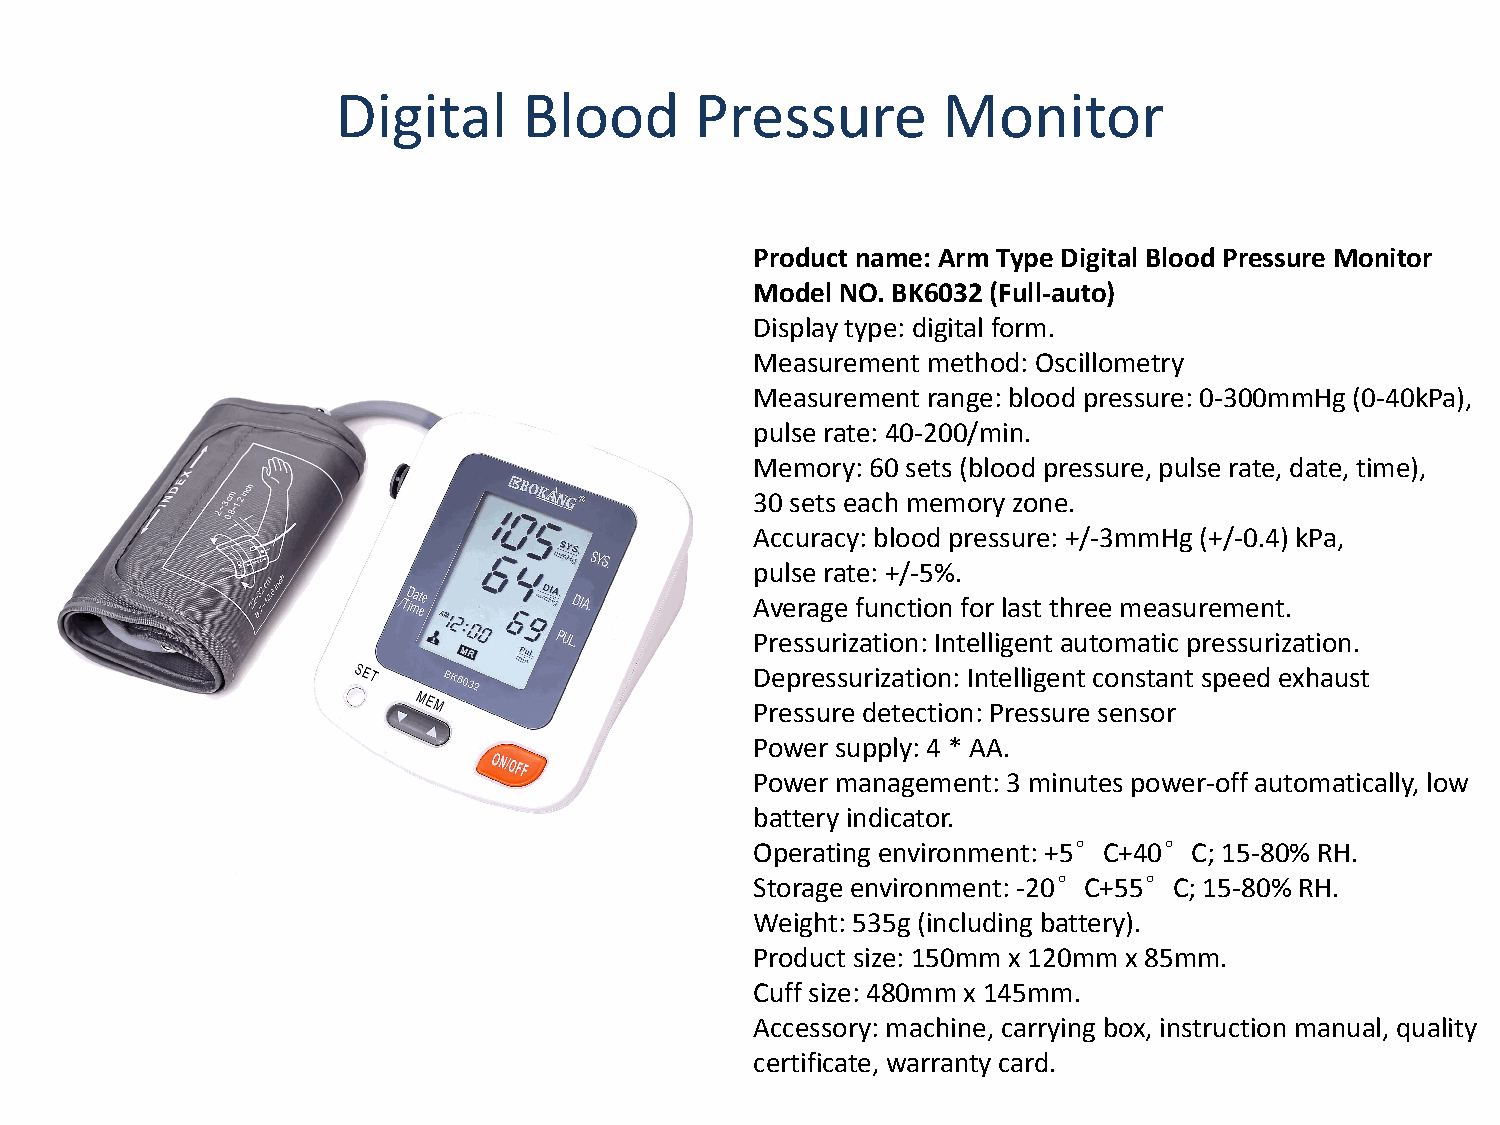
Digital      Blood      Pressure        Monitor
 Product name: Arm Type Digital Blood Pressure Monitor
 Model NO. BK6032 (Full-auto)
 Display type: digital form.
 Measurement method: Oscillometry
 Measurement range: blood pressure: 0-300mmHg (0-40kPa),
 pulse rate: 40-200/min.
 Memory: 60 sets (blood pressure, pulse rate, date, time),
 30 sets each memory zone.
 Accuracy: blood pressure: +/-3mmHg (+/-0.4) kPa,
 pulse rate: +/-5%.
 Average function for last three measurement.
 Pressurization: Intelligent automatic pressurization.
 Depressurization: Intelligent constant speed exhaust
 Pressure detection: Pressure sensor
 Power supply: 4 * AA.
 Power management: 3 minutes power-off automatically, low
 battery indicator.
 Operating environment: +5°C+40°C; 15-80% RH.
 Storage environment: -20°C+55°C; 15-80% RH.
 Weight: 535g (including battery).
 Product size: 150mm x 120mm x 85mm.
 Cuff size: 480mm x 145mm.
 Accessory: machine, carrying box, instruction manual, quality
 certificate, warranty card.